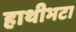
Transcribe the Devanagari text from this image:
हाथीभटा